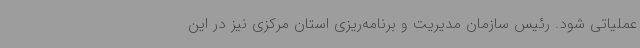
عملیاتی شود. رئیس سازمان مدیریت و برنامه‌ریزی استان مرکزی نیز در این